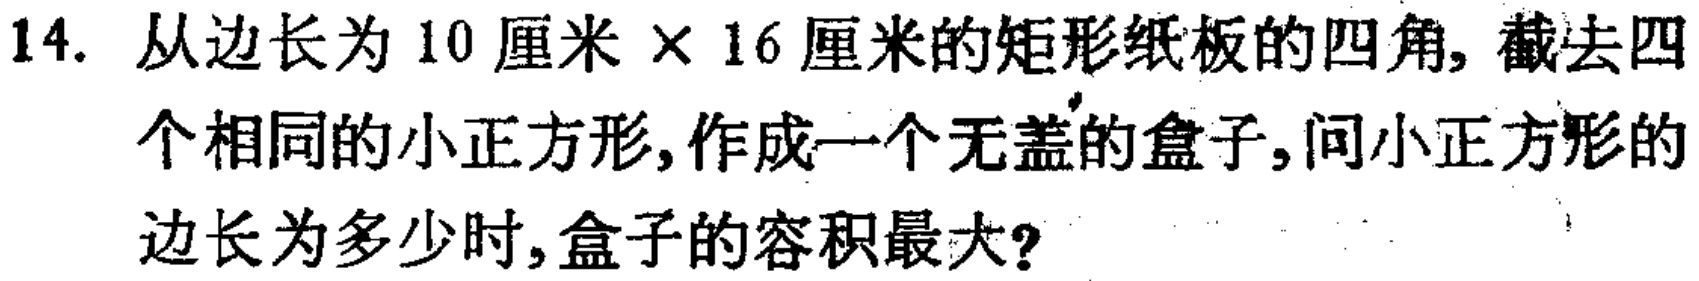
14. 从边长为 \(10\) 厘米 \(\times 16\) 厘米的矩形纸板的四角，截去四个相同的小正方形，作成一个无盖的盒子，问小正方形的边长为多少时，盒子的容积最大？